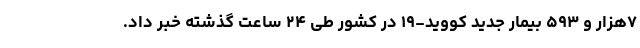
۷هزار و ۵۹۳ بیمار جدید کووید-۱۹ در کشور طی ۲۴ ساعت گذشته خبر داد.